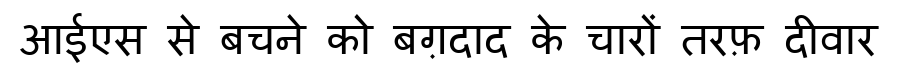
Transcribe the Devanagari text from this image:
आईएस से बचने को बग़दाद के चारों तरफ़ दीवार